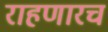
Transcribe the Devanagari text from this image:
राहणारच